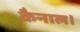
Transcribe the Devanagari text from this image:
कैनाल।